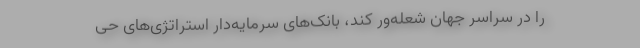
را در سراسر جهان شعله‌ور کند، بانک‌های سرمایه‌دار استراتژی‌های حی